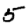
Digit: 5